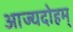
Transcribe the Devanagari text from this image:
आज्यदोहम्